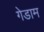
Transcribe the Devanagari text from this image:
गेडाम